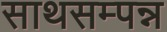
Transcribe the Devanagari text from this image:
साथसम्पन्न